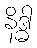
နိဒ္ဓါ